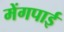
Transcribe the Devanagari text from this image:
मेंगपाई